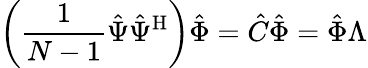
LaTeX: \left(\frac{1}{N-1}\hat{\Psi}\hat{\Psi}^{\mathrm{H}}\right)\hat{\Phi}=\hat{C}\hat{\Phi}=\hat{\Phi}\Lambda